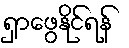
ရှာဖွေနိုင်ရန်